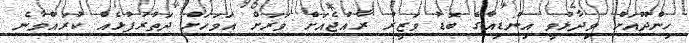
ހިންދޫއަށް ވިދާޅުވީ އިންޑިއާގެ ބޮޑު ވަޒީރު ރާއްޖެއަށް ވަރަށް އަވަހަށް ދަތުރުފުޅެއް ކުރައްވާނެ